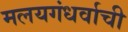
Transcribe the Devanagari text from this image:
मलयगंधर्वाची